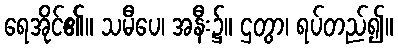
ရေအိုင်၏။ သမီပေ၊ အနီး၌။ ဌတွာ၊ ရပ်တည်၍။